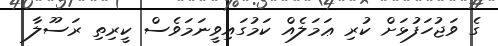
ގެ ވަޖުހަފުޅަށް ކުރި ޢަމަލެއް ކަމުގައިވީނަމަވެސް ކީރިތި ރަސޫލާ